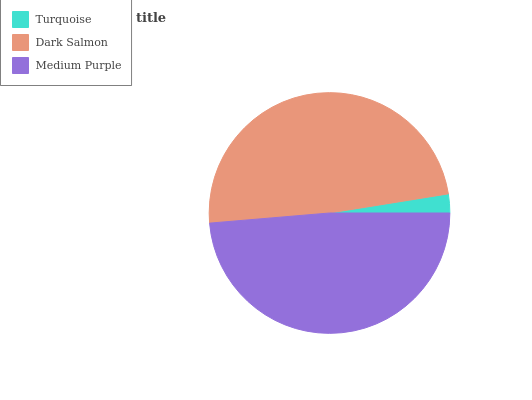
| Turquoise | Dark Salmon | Medium Purple |
 | --- | --- | --- |
 | 2.53% | 48.8% | 48.7% |